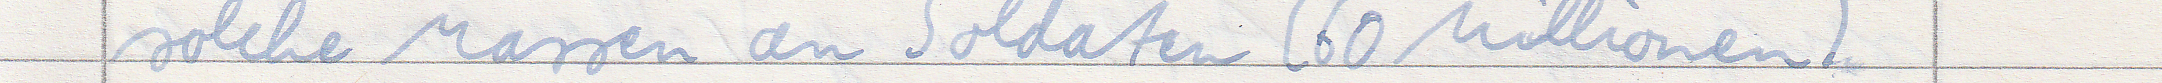
solche Massen an Soldaten (60 Millionen)